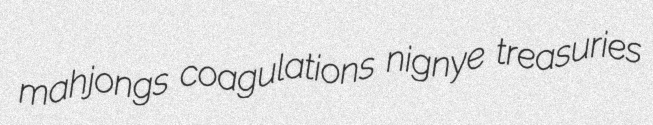
mahjongs coagulations nignye treasuries